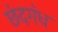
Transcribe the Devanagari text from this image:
छंदगंध